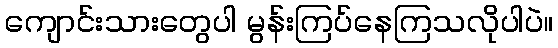
ကျောင်းသားတွေပါ မွန်းကြပ်နေကြသလိုပါပဲ။